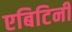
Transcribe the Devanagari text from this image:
एबिटिनी